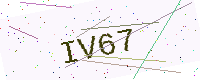
Text: IV67